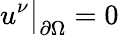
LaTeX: u^{\nu}\bigr\rvert_{\partial\Omega}=0